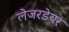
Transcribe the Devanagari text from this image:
लेजरडेयर